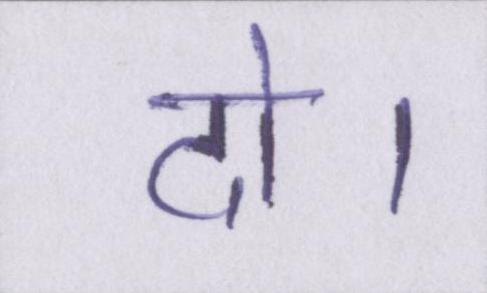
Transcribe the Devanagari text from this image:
दो।